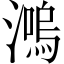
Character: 𤀙